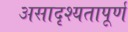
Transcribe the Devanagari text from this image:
असादृश्यतापूर्ण